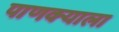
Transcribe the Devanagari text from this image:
पाणक्याला